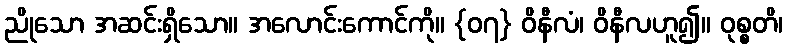
ညိုသော အဆင်းရှိသော။ အလောင်းကောင်ကို။ {၀၇} ဝိနီလံ၊ ဝိနီလဟူ၍။ ဝုစ္စတိ၊